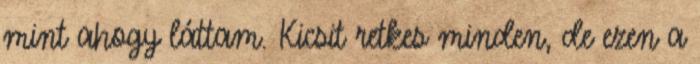
mint ahogy láttam. Kicsit retkes minden, de ezen a